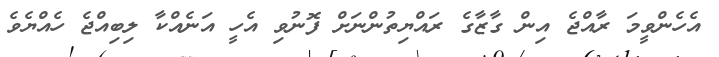
އެހެންވީމަ ރާއްޖެ އިން ގާޒާގެ ރައްޔިތުންނަށް ފޮނުވި އެހީ އަނެއްކާ ލިބިއްޖެ ހެއްޔެވެ